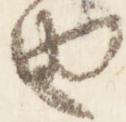
由